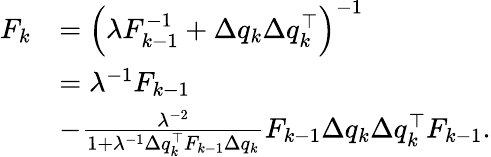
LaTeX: \begin{array}{rl}{F_{k}}&{=\Big(\lambda F_{k-1}^{-1}+\Delta q_{k}\Delta q_{k}^{\top}\Big)^{-1}}\\ &{=\lambda^{-1}F_{k-1}}\\ &{-\frac{\lambda^{-2}}{1+\lambda^{-1}\Delta q_{k}^{\top}F_{k-1}\Delta q_{k}}F_{k-1}\Delta q_{k}\Delta q_{k}^{\top}F_{k-1}.}\end{array}